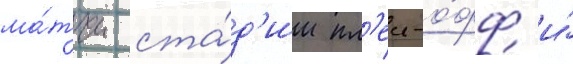
ма́тчи ста́д'ии пл'еи-о́фф и́